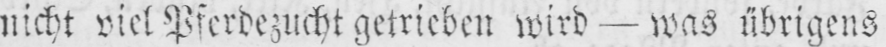
nicht viel Pferdezucht getrieben wird - was übrigens